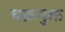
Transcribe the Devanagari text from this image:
चक्रयुक्त